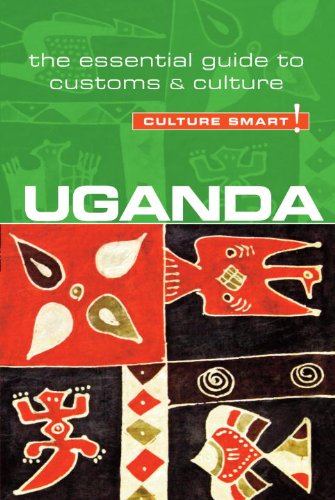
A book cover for Uganda - Culture Smart!: The Essential Guide to Customs & Culture; Ian Clarke; Reference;